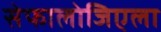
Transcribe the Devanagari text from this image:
सेफालोजिएला